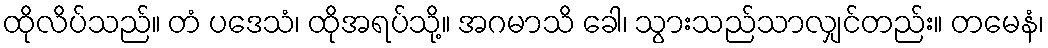
ထိုလိပ်သည်။ တံ ပဒေသံ၊ ထိုအရပ်သို့။ အဂမာသိ ခေါ၊ သွားသည်သာလျှင်တည်း။ တမေနံ၊